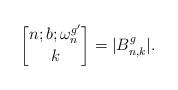
LaTeX: \begin{align*}{n;b;\omega_n^{g'} \brack k} = |B_{n,k}^{g}|.\end{align*}